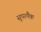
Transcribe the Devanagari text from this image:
सुपरमैक